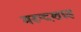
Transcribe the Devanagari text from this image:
मरूदशाह